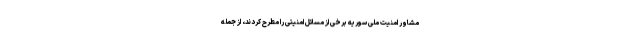
مشاور امنیت ملی سوریه برخی از مسائل امنیتی را مطرح کردند، از جمله